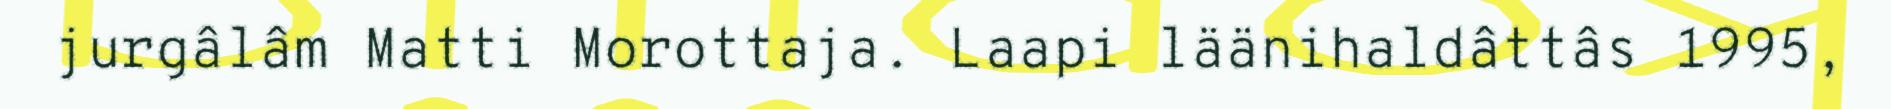
jurgâlâm Matti Morottaja. Laapi läänihaldâttâs 1995,